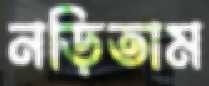
নড়িতাম